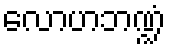
လောဟဘဏ္ဍံ